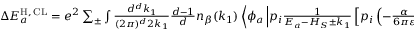
\begin{array} { r } { \Delta E _ { a } ^ { \mathrm { H } , \, \mathrm { C L } } = e ^ { 2 } \sum _ { \pm } \int \frac { d ^ { d } k _ { 1 } } { ( 2 \pi ) ^ { d } 2 k _ { 1 } } \frac { d - 1 } { d } n _ { \beta } ( k _ { 1 } ) \left\langle \phi _ { a } \left| p _ { i } \frac { 1 } { E _ { a } - H _ { S } \pm k _ { 1 } } \left[ p _ { i } \left( - \frac { \alpha } { 6 \pi \varepsilon } \Delta \right) + \frac { \alpha } { 8 \pi } \gamma _ { 0 } \sigma _ { i j } \nabla ^ { j } \right] \right| \phi _ { a } \right\rangle . } \end{array}